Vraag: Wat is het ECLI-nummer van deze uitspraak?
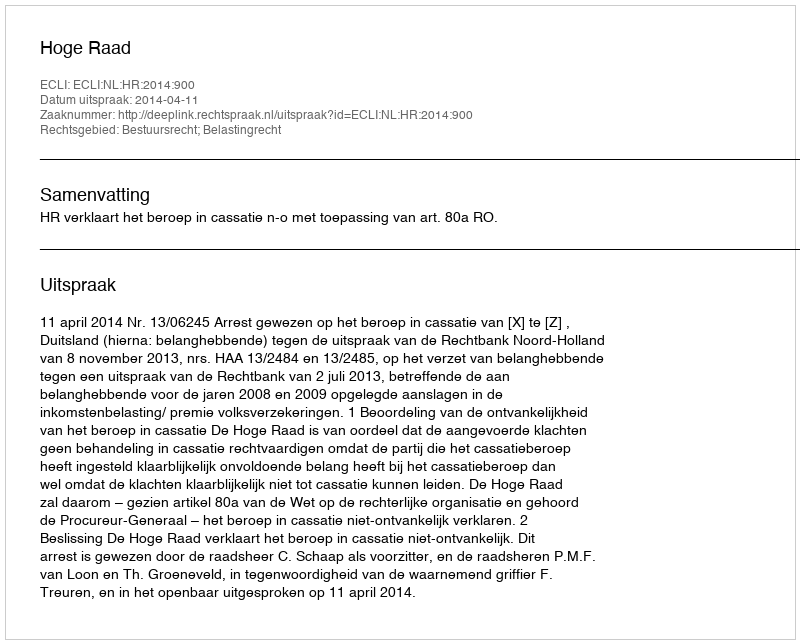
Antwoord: ECLI:NL:HR:2014:900